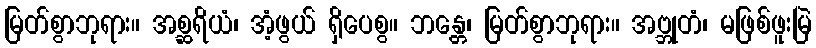
မြတ်စွာဘုရား။ အစ္ဆရိယံ၊ အံ့ဖွယ် ရှိပေစွ။ ဘန္တေ၊ မြတ်စွာဘုရား။ အဗ္ဘုတံ၊ မဖြစ်ဖူးမြဲ